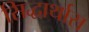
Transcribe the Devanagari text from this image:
सिद्धार्थास